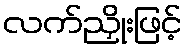
လက်ညှိုးဖြင့်